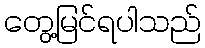
တွေ့မြင်ရပါသည်